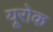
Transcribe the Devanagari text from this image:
यूरोक